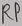
Text: RP